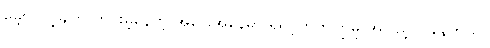
မျှော်လင့်ချက် ကင်းမဲ့နေတဲ့ အခြေအနေမှာ ရဲရင့်တက်ကြွမှု အပြည့် ပါနေတယ်။